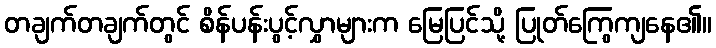
တချက်တချက်တွင် စိန်ပန်းပွင့်လွှာများက မြေပြင်သို့ ပြုတ်ကြွေကျနေ၏။